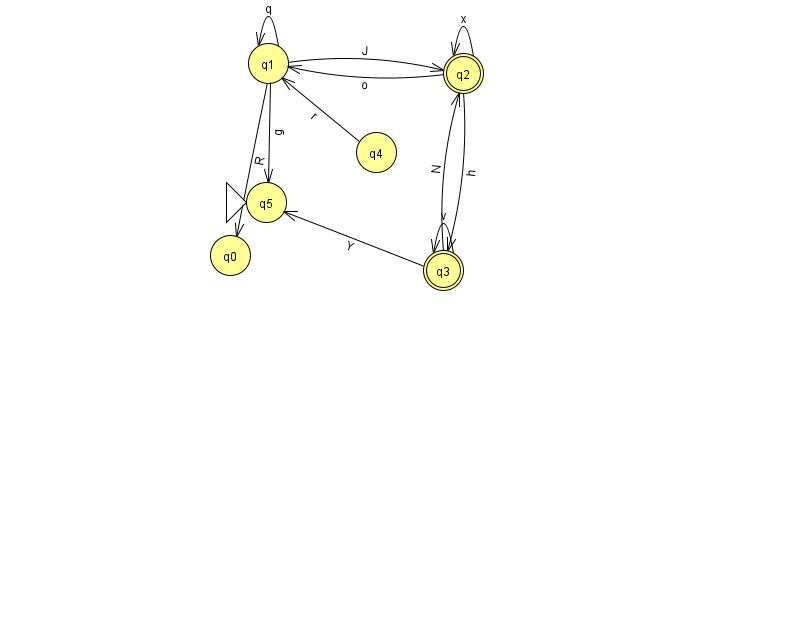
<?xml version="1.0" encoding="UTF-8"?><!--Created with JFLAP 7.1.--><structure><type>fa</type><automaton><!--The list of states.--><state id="0" name="q0"><x>230.0</x><y>242.0</y></state><state id="1" name="q1"><x>268.0</x><y>50.0</y></state><state id="2" name="q2"><x>463.0</x><y>60.0</y><final/></state><state id="3" name="q3"><x>443.0</x><y>257.0</y><final/></state><state id="4" name="q4"><x>376.0</x><y>139.0</y></state><state id="5" name="q5"><x>266.0</x><y>189.0</y><initial/></state><!--The list of transitions.--><transition><from>1</from><to>1</to><read>q</read></transition><transition><from>4</from><to>1</to><read>r</read></transition><transition><from>1</from><to>5</to><read>g</read></transition><transition><from>3</from><to>3</to><read>v</read></transition><transition><from>2</from><to>2</to><read>x</read></transition><transition><from>1</from><to>0</to><read>R</read></transition><transition><from>1</from><to>2</to><read>J</read></transition><transition><from>3</from><to>2</to><read>N</read></transition><transition><from>2</from><to>3</to><read>h</read></transition><transition><from>3</from><to>5</to><read>Y</read></transition><transition><from>2</from><to>1</to><read>o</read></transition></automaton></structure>